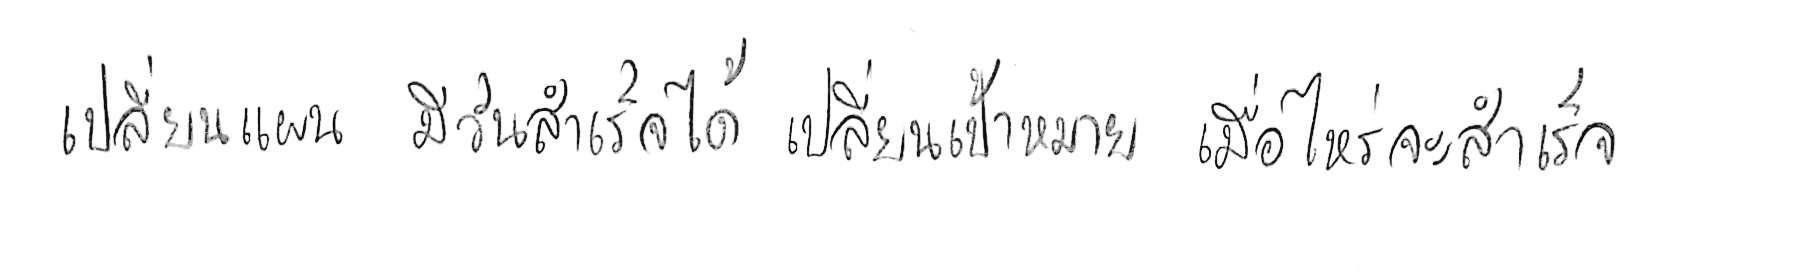
เปลี่ยนแผน มีวันสำเร็จได้ เปลี่ยนเป้าหมาย เมื่อไหร่จะสำเร็จ